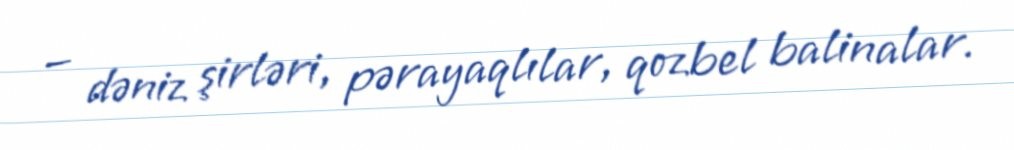
— dəniz şirləri, pərayaqlılar, qozbel balinalar.